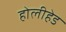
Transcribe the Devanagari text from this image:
होलीहेड